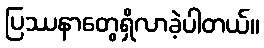
ပြဿနာတွေရှိလာခဲ့ပါတယ်။